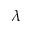
\lambda